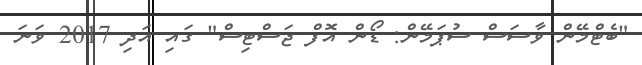
"ބެޓްމޭން ވާސަސް ސުޕަމޭން: ޑޯން އޮފް ޖަސްޓިސް" ގައި އަދި 2017 ވަނަ